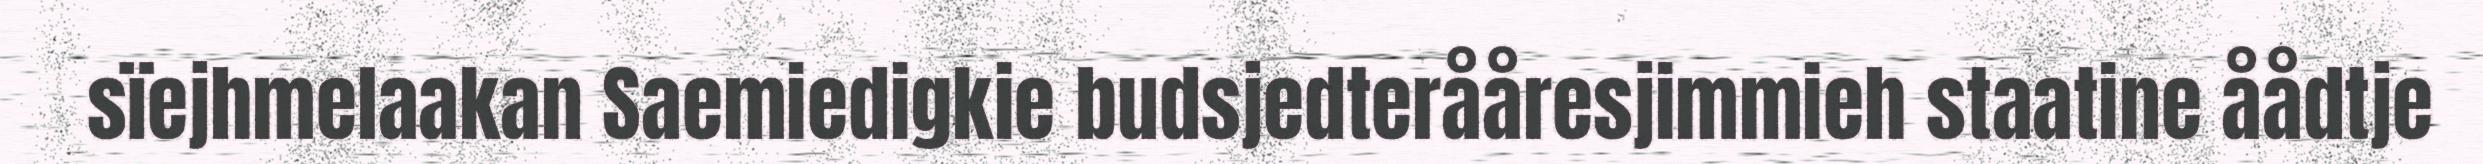
sïejhmelaakan Saemiedigkie budsjedterååresjimmieh staatine åådtje